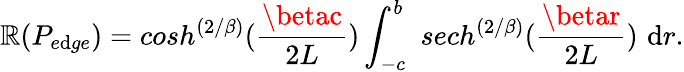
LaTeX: \mathbb{R}(P_{e\mathrm{d}ge})=cosh^{\left({2/\beta}\right)}({\frac{{\betac}}{{2L}}})\int_{-c}^{b}\, \, sech^{\left({2/\beta}\right)}({\frac{{\betar}}{{2L}}})\, \, \mathrm{d}r.